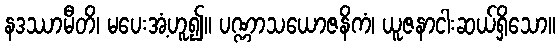
နဒဿာမီတိ၊ မပေးအံ့ဟူ၍။ ပဏ္ဏာသယောဇနိကံ၊ ယူဇနာငါးဆယ်ရှိသော။